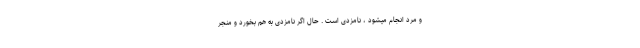
و مرد انجام میشود ، نامزدی است . حال اگر نامزدی به هم بخورد و منجر